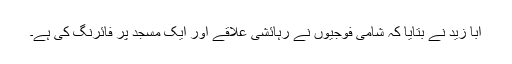
ابا زید نے بتایا کہ شامی فوجیوں نے رہائشی علاقے اور ایک مسجد پر فائرنگ کی ہے۔